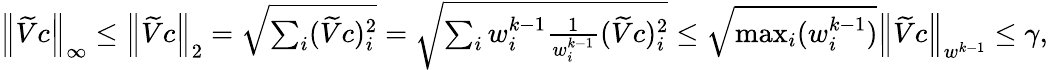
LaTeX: \begin{array}{r}{\left\lVert\widetilde{V}c\right\rVert_{\infty}\leq\left\lVert\widetilde{V}c\right\rVert_{2}=\sqrt{\sum_{i}(\widetilde{V}c)_{i}^{2}}=\sqrt{\sum_{i}w_{i}^{k-1}\frac{1}{w_{i}^{k-1}}(\widetilde{V}c)_{i}^{2}}\leq\sqrt{\operatorname*{max}_{i}(w_{i}^{k-1})}\left\lVert\widetilde{V}c\right\rVert_{w^{k-1}}\leq\gamma,}\end{array}